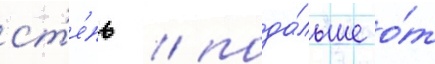
ст'е́пь / пода́льше о́т